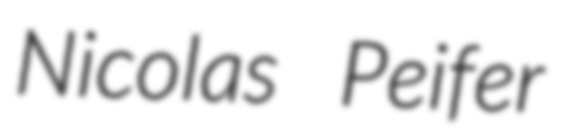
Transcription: Nicolas Peifer